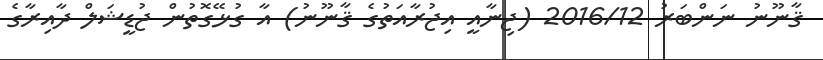
ޤާނޫނު ނަންބަރު 2016/12 (ޖިނާއީ އިޖުރާއަތުގެ ޤާނޫނު) އާ ގުޅޭގޮތުން ޖުޑީޝަލް ދާއިރާގެ